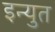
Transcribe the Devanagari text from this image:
इन्युत